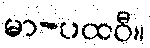
မာ-ပထဝီ။